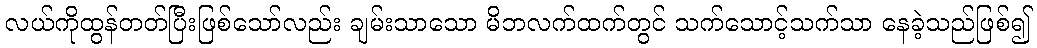
လယ်ကိုထွန်တတ်ပြီးဖြစ်သော်လည်း ချမ်းသာသော မိဘလက်ထက်တွင် သက်သောင့်သက်သာ နေခဲ့သည်ဖြစ်၍